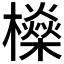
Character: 𣟕